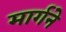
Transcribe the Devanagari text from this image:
मार्गने